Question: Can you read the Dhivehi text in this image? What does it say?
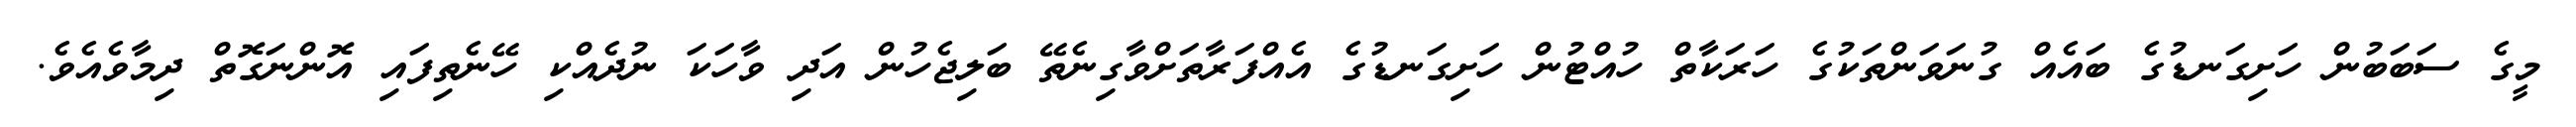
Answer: މީގެ ސަބަބުން ހަށިގަނޑުގެ ބައެއް ގުނަވަންތަކުގެ ހަރަކާތް ހުއްޓުން ހަށިގަނޑުގެ އެއްފަރާތަށްވާގިނެތޭ ބަލިޖެހުން އަދި ވާހަކަ ނުދެއްކި ހޭނެތިފައި އޮންނަގޮތް ދިމާވެއެވެ.